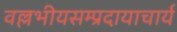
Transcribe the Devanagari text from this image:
वल्लभीयसम्प्रदायाचार्य